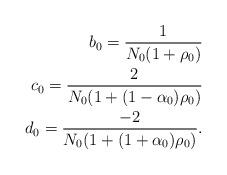
LaTeX: \begin{align*}b_0=\frac{1}{N_0(1+\rho_0)} \\c_0=\frac{2}{N_0(1+(1-\alpha_0)\rho_0)}\\d_0=\frac{-2}{N_0(1+(1+\alpha_0)\rho_0)}.\end{align*}